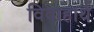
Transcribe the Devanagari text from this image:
विवाहार्थ